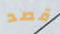
قصد